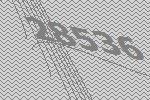
28536